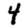
Digit: 4